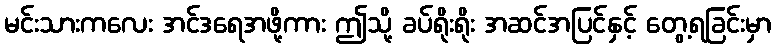
မင်းသားကလေး အင်ဒရေအဖို့ကား ဤသို့ ခပ်ရိုးရိုး အဆင်အပြင်နှင့် တွေ့ရခြင်းမှာ